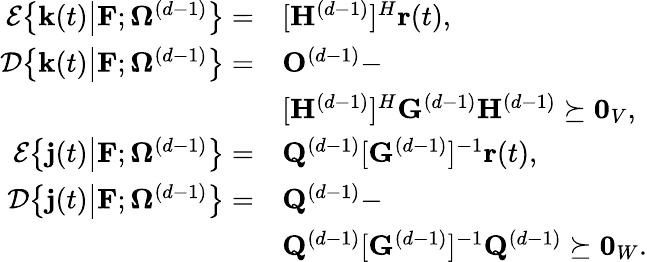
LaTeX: \begin{array}{rl}{\mathcal{E}\big\{ \mathbf{k}(t)\big\vert\mathbf{F};\boldsymbol{\Omega}^{(d-1)}\big\} =}&{[\mathbf{H}^{(d-1)}]^{H}\mathbf{r}(t),}\\ {\mathcal{D}\big\{ \mathbf{k}(t)\big\vert\mathbf{F};\boldsymbol{\Omega}^{(d-1)}\big\} =}&{\mathbf{O}^{(d-1)}-}\\ &{[\mathbf{H}^{(d-1)}]^{H}\mathbf{G}^{(d-1)}\mathbf{H}^{(d-1)}\succeq\mathbf{0}_{V},}\\ {\mathcal{E}\big\{ \mathbf{j}(t)\big\vert\mathbf{F};\boldsymbol{\Omega}^{(d-1)}\big\} =}&{\mathbf{Q}^{(d-1)}[\mathbf{G}^{(d-1)}]^{-1}\mathbf{r}(t),}\\ {\mathcal{D}\big\{ \mathbf{j}(t)\big\vert\mathbf{F};\boldsymbol{\Omega}^{(d-1)}\big\} =}&{\mathbf{Q}^{(d-1)}-}\\ &{\mathbf{Q}^{(d-1)}[\mathbf{G}^{(d-1)}]^{-1}\mathbf{Q}^{(d-1)}\succeq\mathbf{0}_{W}.}\end{array}